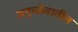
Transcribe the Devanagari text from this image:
अनुच्छेदातील